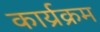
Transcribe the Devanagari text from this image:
कार्य्रक्रम